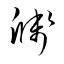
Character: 牋